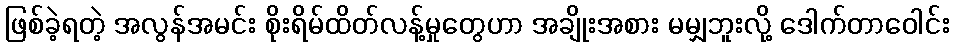
ဖြစ်ခဲ့ရတဲ့ အလွန်အမင်း စိုးရိမ်ထိတ်လန့်မှုတွေဟာ အချိုးအစား မမျှဘူးလို့ ဒေါက်တာဝေါင်း